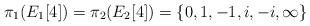
LaTeX: \begin{align*} \pi_1(E_1[4])=\pi_2(E_2[4])= \{ 0,1, -1, i, -i, \infty\} \end{align*}